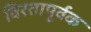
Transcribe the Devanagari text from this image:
विरतापूर्वक